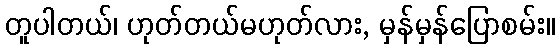
တူပါတယ်၊ ဟုတ်တယ်မဟုတ်လား, မှန်မှန်ပြောစမ်း။